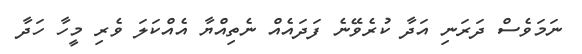
ނަމަވެސް ދަރަނި އަދާ ކުރެވޭނެ ފަދައެއް ނެތިއްޔާ އެއްކަލަ ވެރި މީހާ ހަދާ